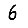
Digit: 6